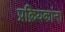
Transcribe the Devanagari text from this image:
प्रक्रियकांना